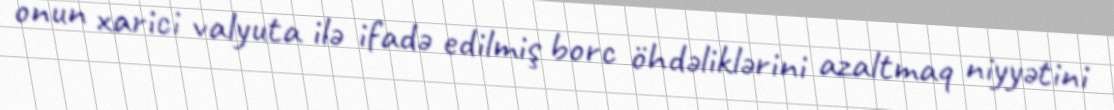
onun xarici valyuta ilə ifadə edilmiş borc öhdəliklərini azaltmaq niyyətini